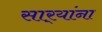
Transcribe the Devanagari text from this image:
सार्‍यांना